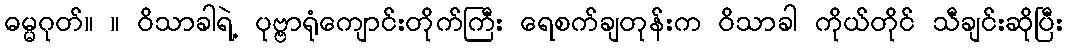
ဓမ္မဂုတ်။ ။ ဝိသာခါရဲ့ ပုဗ္ဗာရုံကျောင်းတိုက်ကြီး ရေစက်ချတုန်းက ဝိသာခါ ကိုယ်တိုင် သီချင်းဆိုပြီး